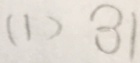
( 1 ) 3 1